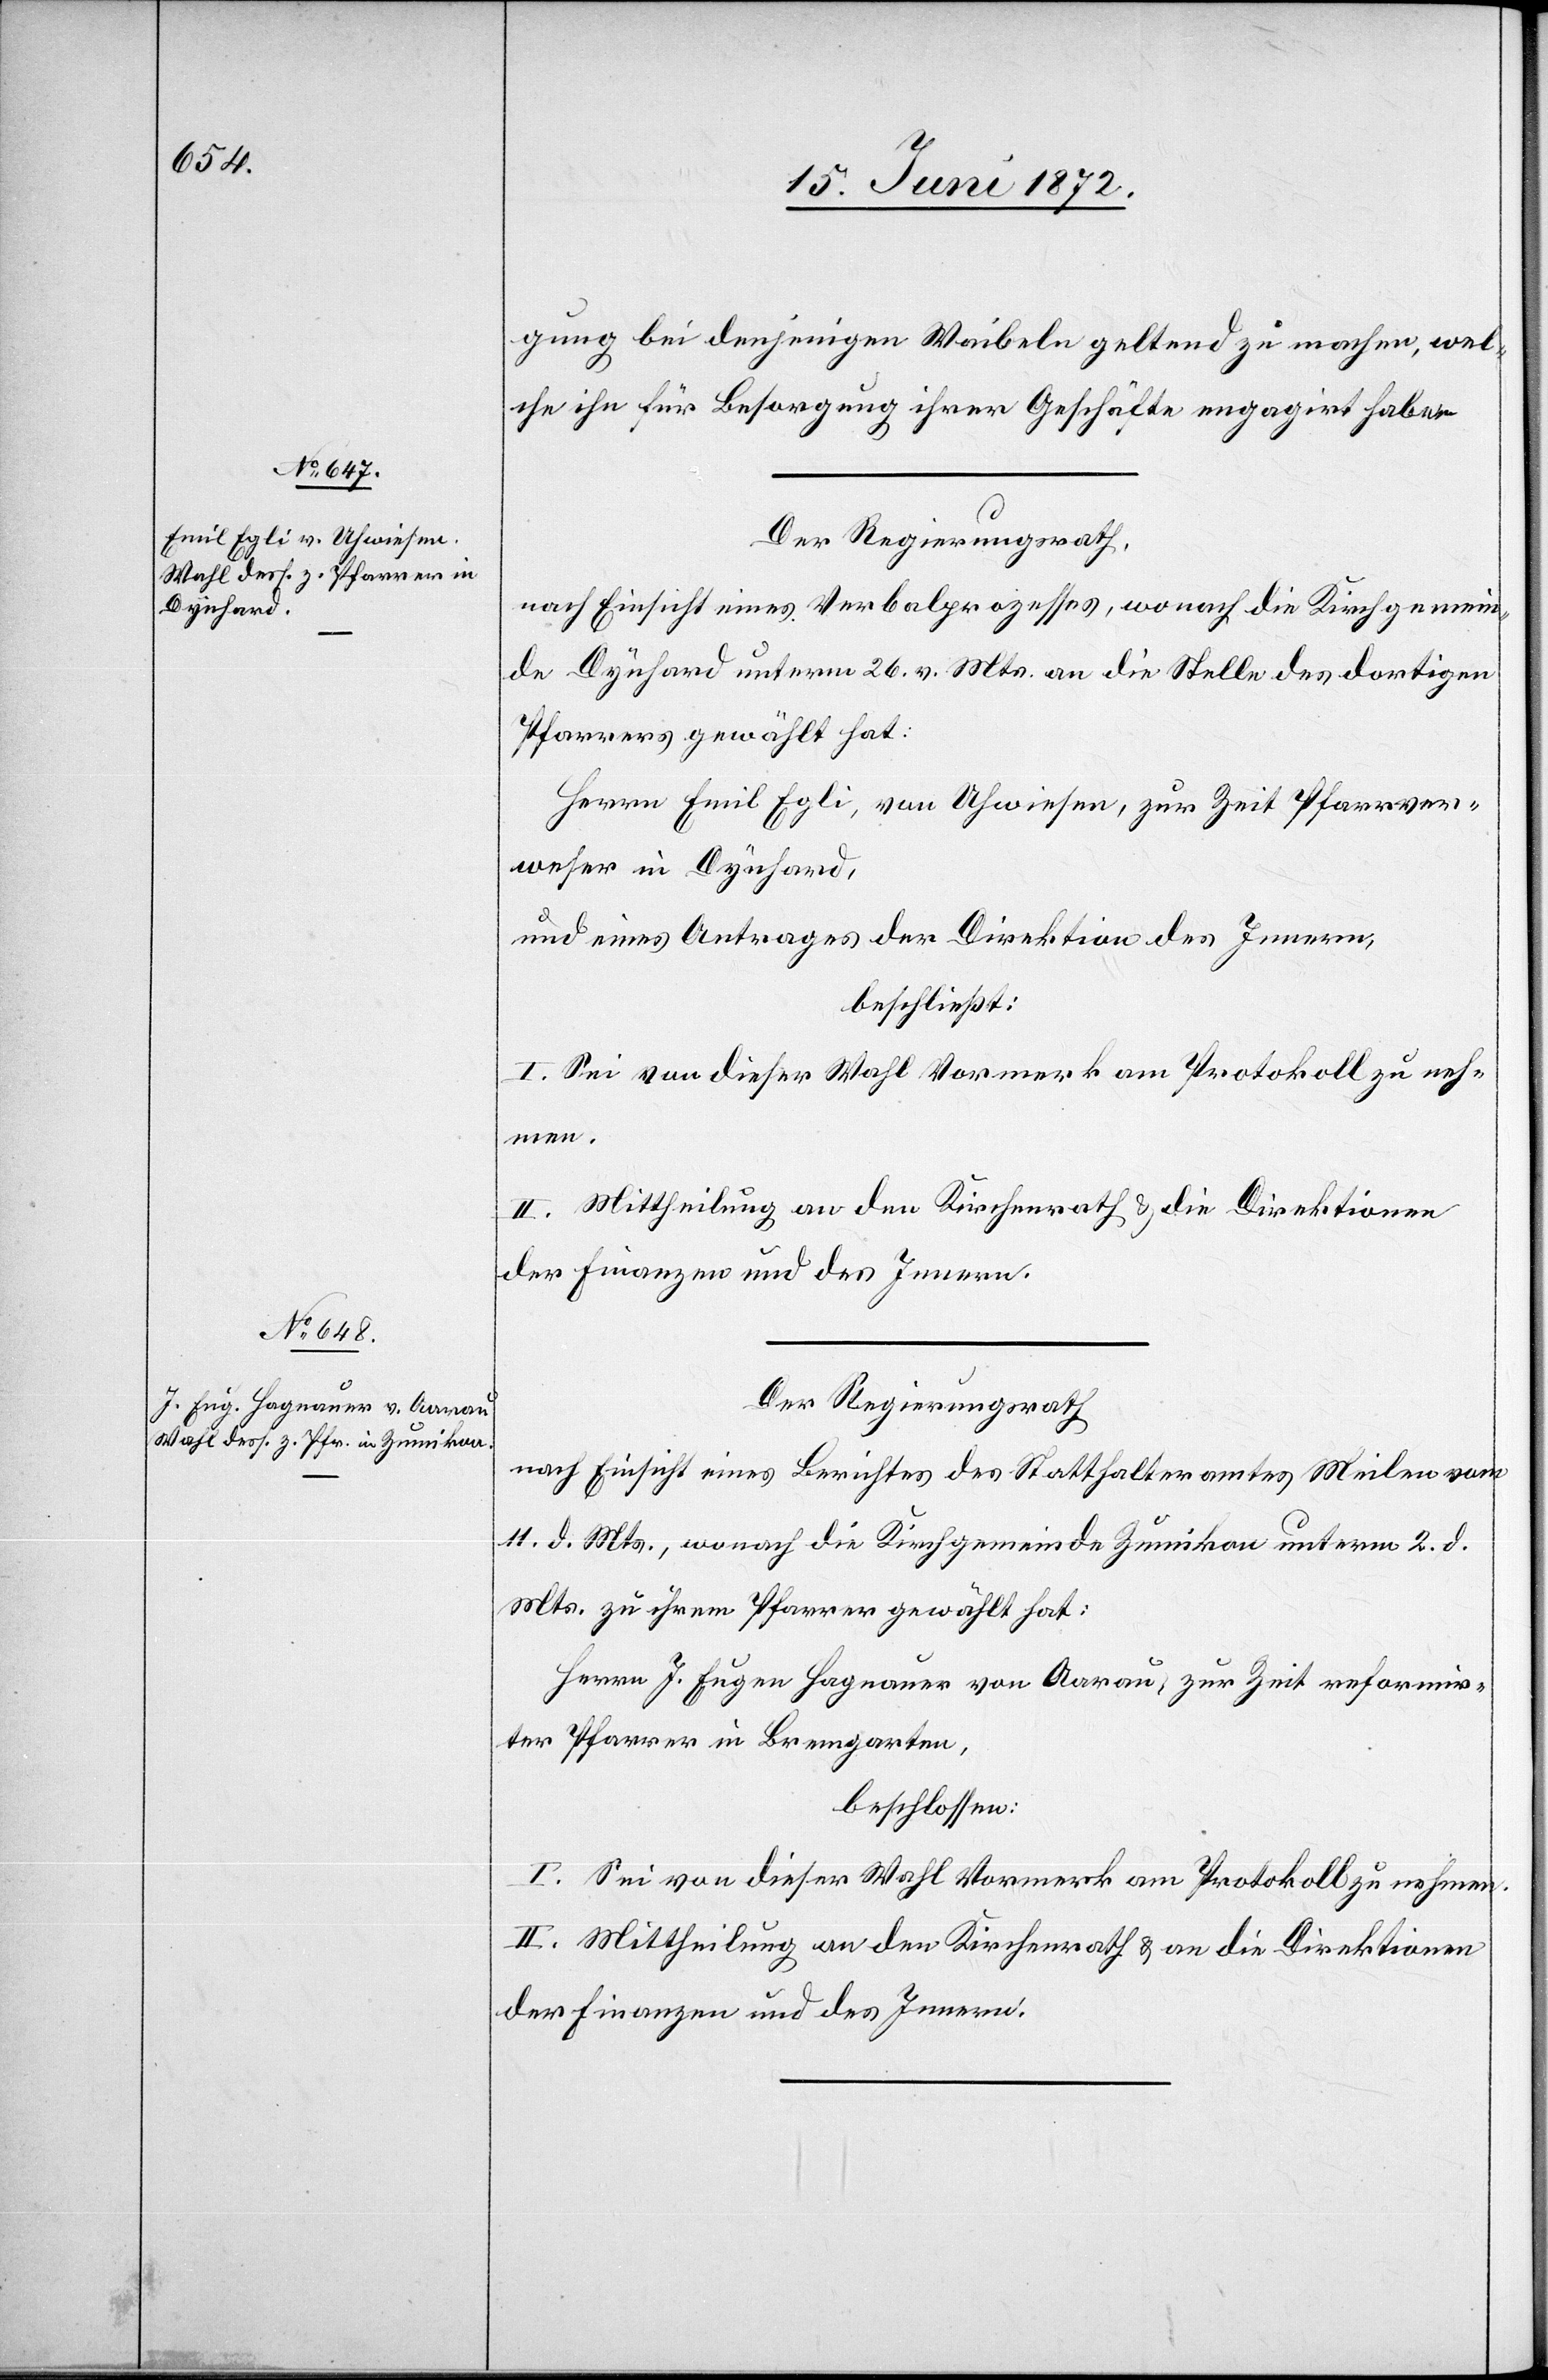
gung bei denjenigen Waibeln geltend zu machen, wel¬
che ihn für Besorgung ihrer Geschäfte engagirt haben.
Der Regierungsrath,
nach Einsicht eines Verbalprozesses, wonach die Kirchgemein¬
de Dynhard unterm 26. v. Mts. an die Stelle des dortigen
Pfarrers gewählt hat:
Herrn Emil Egli, von Uhwiesen, zur Zeit Pfarrver¬
weser in Dynhard,
und eines Antrages der Direktion des Innern,
beschließt:
I. Sei von dieser Wahl Vormerk am Protokoll zu neh¬
men.
II. Mittheilung an den Kirchenrath u. die Direktionen
der Finanzen und des Innern.
Der Regierungsrath
nach Einsicht eines Berichtes des Statthalteramtes Meilen vom
11. d. Mts., wonach die Kirchgemeinde Zumikon unterm 2. d.
Mts. zu ihrem Pfarrer gewählt hat:
Herrn J. Eugen Hagnauer von Aarau, zur Zeit reformir¬
ter Pfarrer in Bremgarten,
beschlossen:
I. Sei von dieser Wahl Vormerk am Protokoll zu nehmen.
II. Mittheilung an den Kirchenrath u. an die Direktionen
der Finanzen und des Innern.